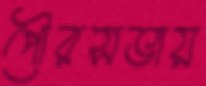
পৌরসভায়